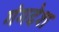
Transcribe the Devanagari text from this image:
गंगदेश